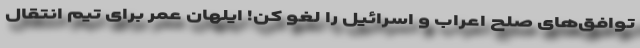
توافق‌های صلح اعراب و اسرائیل را لغو کن! ایلهان عمر برای تیم انتقال